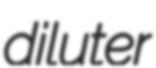
diluter